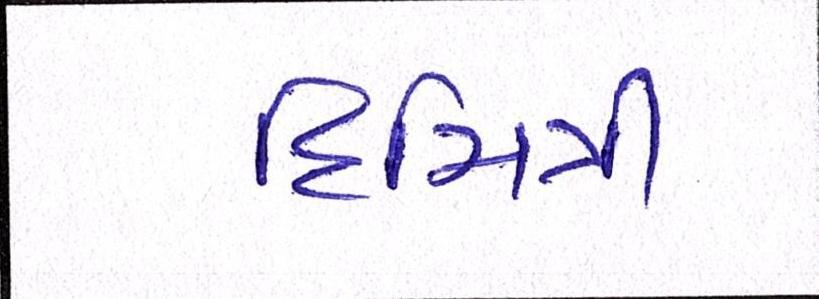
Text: દિમિત્રી